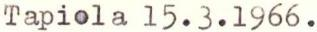
Tapiola 15.3.1966.